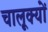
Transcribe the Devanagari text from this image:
चालूक्यों